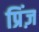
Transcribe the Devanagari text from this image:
प्रिंज़